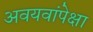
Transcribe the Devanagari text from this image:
अवयवांपेक्षा